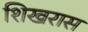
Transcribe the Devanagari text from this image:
शिखरास